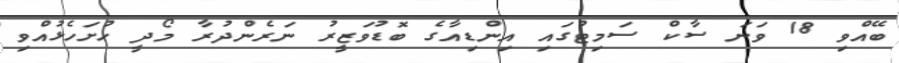
ބޭއްވި 18 ވަނަ ސާކް ސަމިޓުގައި އިންޑިއާގެ ބޮޑުވަޒީރު ނަރެންދުރާ މޯދީ ހުށަހެޅުއްވި